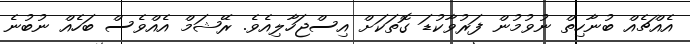
އެއްޗެއް ބުނާހިތް ނުވުމުން ފަރުވާކުޑަ ގޮތަކަށް އިސްޖަހާލިއެވެ. ރޭޝަމް އެއްވެސް ބަހެއް ނުބުނެ